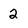
Character: 2